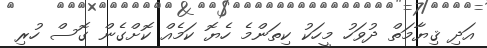
އަދި ޤިޔާމަތް ދުވަހު މީހަކު ކިތަންމެ ހެޔޮ ކަމެއް ކޮށްގެން ގޮސް ހުރި